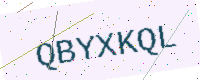
Text: QBYXKQL